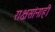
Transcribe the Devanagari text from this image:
राक्षसांनाही